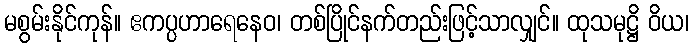
မစွမ်းနိုင်ကုန်။ ဧကပ္ပဟာရေနေဝ၊ တစ်ပြိုင်နက်တည်းဖြင့်သာလျှင်။ ထုသမုဋ္ဌိ ဝိယ၊